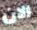
الان